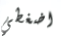
اضغطي